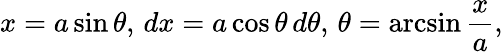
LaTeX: x=a\sin\theta,\, dx=a\cos\theta\, d\theta,\, \theta=\arcsin{\frac{x}{a}},